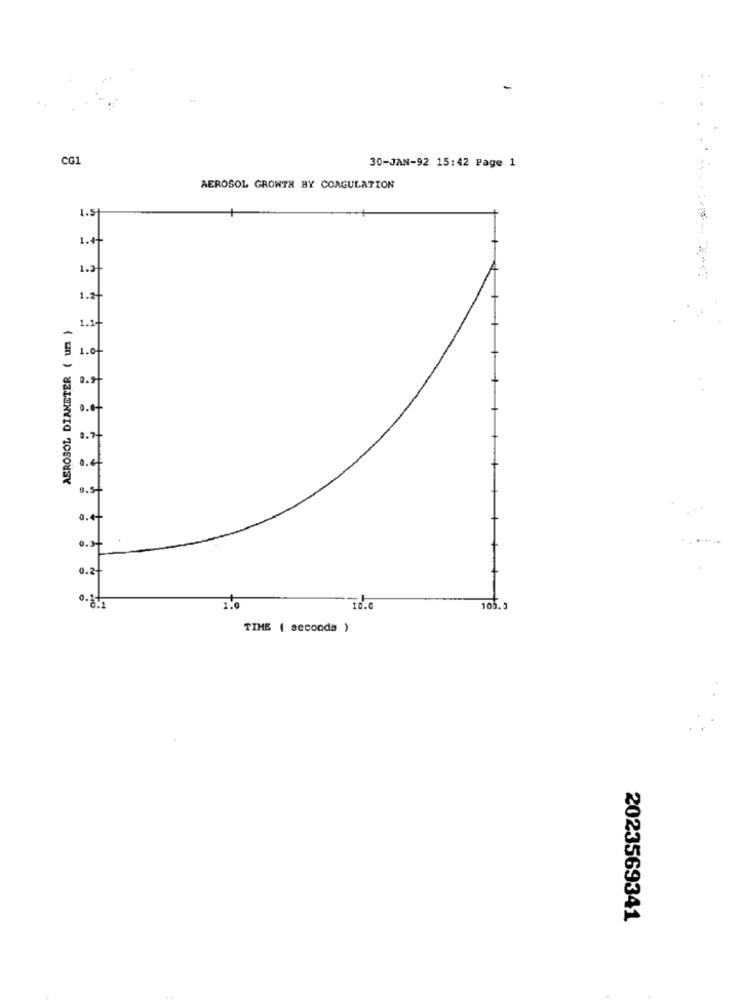
CG1
30-JAN-92 15:42 Page 1
AEROSOL GROWTH BY COAGULATION
1.5
1.4
1.2
1.2+
AEROSOL DIAMETER ( um )
1.1-
$ 1.0
0.9
0.0
0.4+
0.2+
1.0
10.0
105. 3
TIME ( seconda )
2023569341